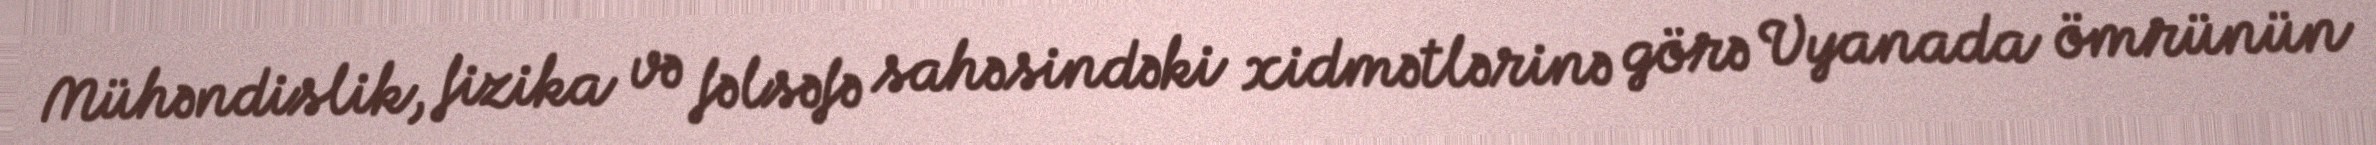
Mühəndislik, fizika və fəlsəfə sahəsindəki xidmətlərinə görə Vyanada ömrünün